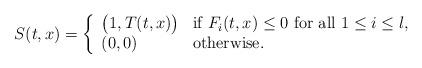
LaTeX: \begin{align*}S(t,x)=\left\{\begin{array}{ll}\big(1,T(t,x)\big) &\textrm{if $F_i(t,x)\leq 0$ for all $1\le i\le l$},\\(0,0)&\textrm{otherwise.}\end{array} \right.\end{align*}